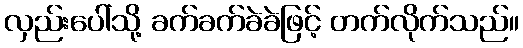
လှည်းပေါ်သို့ ခက်ခက်ခဲခဲဖြင့် တက်လိုက်သည်။